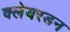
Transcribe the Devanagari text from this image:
क्लेयरडन